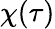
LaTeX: \chi(\tau)